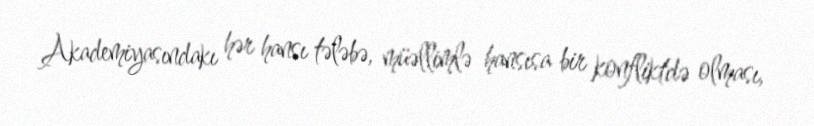
Akademiyasındakı hər hansı tələbə, müəllimlə hansısa bir konfliktdə olması,